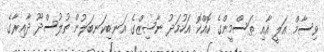
ވިސާމް އަލީ އާއި ތަސްމީންގެ ކޮއްކޮ އަހުމަދު ނާޝިޒްގެ އަނބިކަނބަލުން ތުލުސްދޫ ދާއިރާގެ